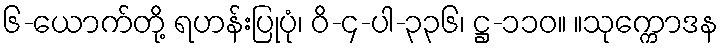
၆-ယောက်တို့ ရဟန်းပြုပုံ၊ ဝိ-၄-ပါ-၃၃၆၊ ဋ္ဌ-၁၁၀။ ။သုက္ကောဒန